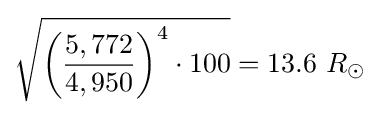
{\sqrt {{\biggl (}{\frac {5,772}{4,950}}{\biggr )}^{4}\cdot 100}}=13.6\ R_{\odot }